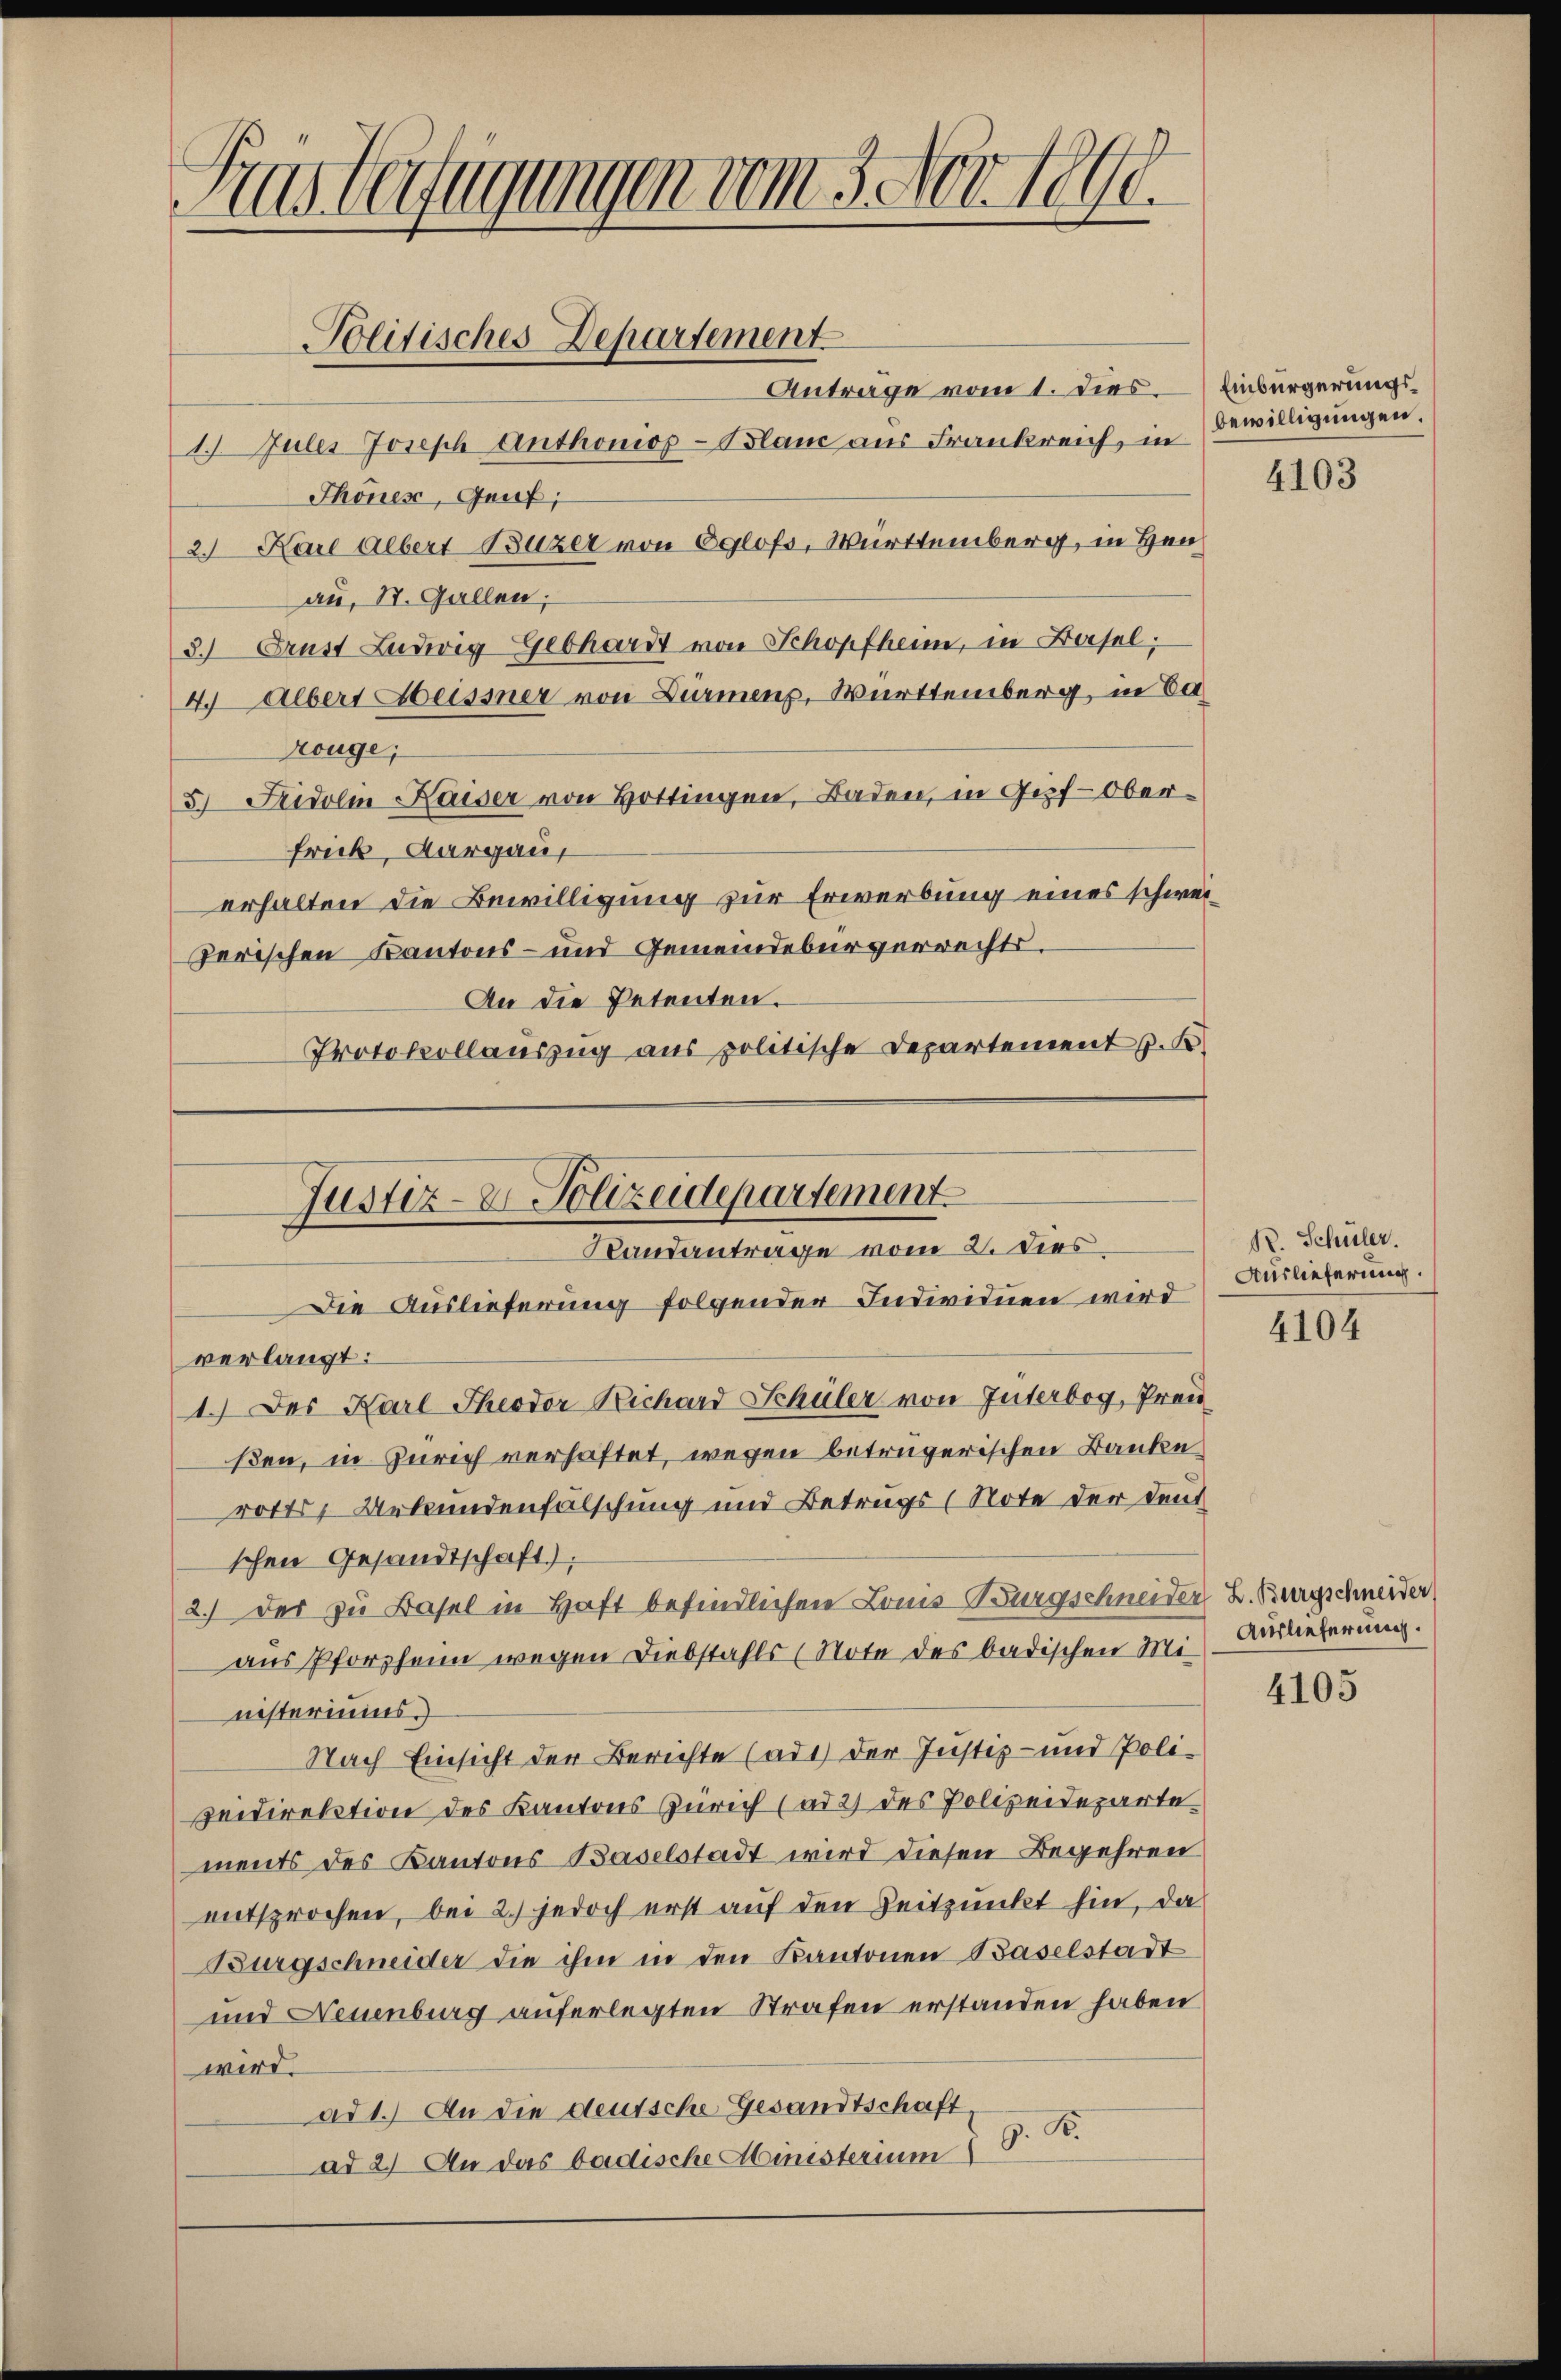
Kas beifügungen vom 3. Nov. 1890.
Politisches Departement
Antrage vom 1. dies

1. Julis Joseph Anthonop-Blau aus Frankreich, in
Thönes, Genf;
2 Karl Albert Luzer von Eglofs, Württemberg, in Hen
au, St. Gallen;
3.) Brust Ludwig Gebhardt von Schopfheim, in Basel;
4. Albert Heissner von Dürmens, Württemberg, in Ca
konge;
5.) Fridolin Kaiser von Hottingen, Baden, in Gipf-Ober¬
Frick, Aargau,
erhalten die Bewilligung zur Erwerbung eines schweizerischen Kantons- und Gemeindebürgerrechts.
An die Petenten.
Protokollauszug aus politische Departement z. B.

Justiz- & Polizeidepartement
Randantrage vom 2. Dies

Die Auslieferung folgender Individuen wird
verlangt:
1.) Der Karl Theodor Richard Schüler von Interbog, Preu
ßen, in Zürich verhaftet, wegen betrügerischen Banke
rotts Urkundenfälschung und Betrugs (Note der deut
schen Gesandtschaft).
2.) Der zu Basel in Haft befindlichen Louis-Burgschneider L. Burgschneider
aus Pforzheim wegen Diebstahls (Note des badischen Mi- Auslieferung.
nisteriums.
Nach Einsicht der Berichte (ad 1) der Justiz- und Polizeidirektion des Kantons Zürich (ad 2) des Polizeideparte
ments des Kantons Baselstadt wird diesen Begehren
entsprochen, bei 2.) jedoch erst auf den Zeitpunkt hin, da
Burgschneider die ihm in den Kantonen Baselstadt
und Neuenburg auferlegten Strafen erstanden haben
wird.
ad 1.) An die deutsche Gesandtschaft,
ad 2) An das badische Ministerium I S. R.

Einbürgerungsbewilligungen.

4103

12. Schüler.
Auslieferung.

4104

4105